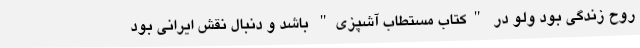
روح زندگی بود ولو در "کتاب مستطاب آشپزی" باشد و دنبال نقش ایرانی بود